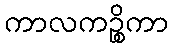
ကာလကဉ္စိကာ